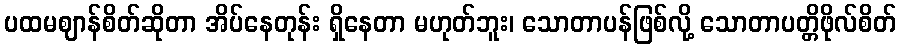
ပထမဈာန်စိတ်ဆိုတာ အိပ်နေတုန်း ရှိနေတာ မဟုတ်ဘူး၊ သောတာပန်ဖြစ်လို့ သောတာပတ္တိဖိုလ်စိတ်